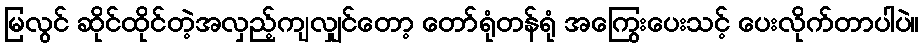
မြလွင် ဆိုင်ထိုင်တဲ့အလှည့်ကျလျှင်တော့ တော်ရုံတန်ရုံ အကြွေးပေးသင့် ပေးလိုက်တာပါပဲ။